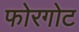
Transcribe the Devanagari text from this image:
फोरगोट